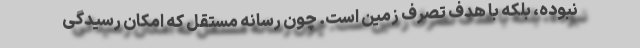
نبوده، بلکه با هدف تصرف زمین است. چون رسانه مستقل که امکان رسیدگی